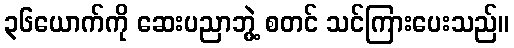
၃၆ယောက်ကို ဆေးပညာဘွဲ့ စတင် သင်ကြားပေးသည်။